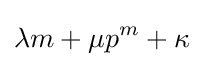
\lambda m+\mu p^{m}+\kappa \